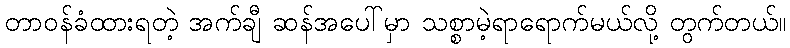
တာဝန်ခံထားရတဲ့ အက်ချီ ဆန်အပေါ်မှာ သစ္စာမဲ့ရာရောက်မယ်လို့ တွက်တယ်။